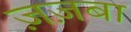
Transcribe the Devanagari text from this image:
ज़ज़बा